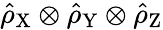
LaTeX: \hat{\rho}_{\mathrm{X}}\otimes\hat{\rho}_{\mathrm{Y}}\otimes\hat{\rho}_{\mathrm{Z}}